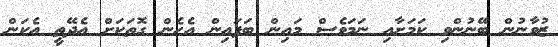
ޒުވާނުން ބޭނުންވި ކަމަށާއި ނަމަވެސް މައިން ބަފައިން އެހެން ގޮތަކަށް އެދޭތީ އެކަން